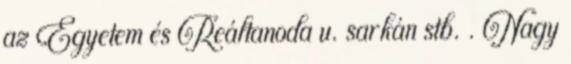
az Egyetem és Reáltanoda u. sarkán stb. . Nagy